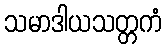
သမာဒါယသတ္တကံ